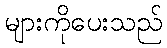
များကိုပေးသည်